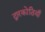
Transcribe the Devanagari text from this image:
द्वारकोठियाँ